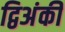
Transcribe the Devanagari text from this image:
द्विअंकी